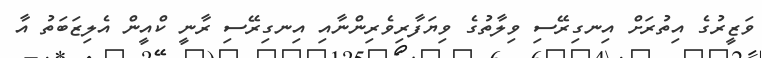
ވަޒީރުގެ އިތުރަށް އިނގިރޭސި ވިލާތުގެ ވިޔަފާރިވެރިންނާއި އިނގިރޭސި ރާނީ ކްއީން އެލިޒަބަތު އާ